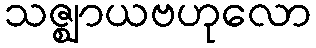
သဇ္ဈာယဗဟုလော